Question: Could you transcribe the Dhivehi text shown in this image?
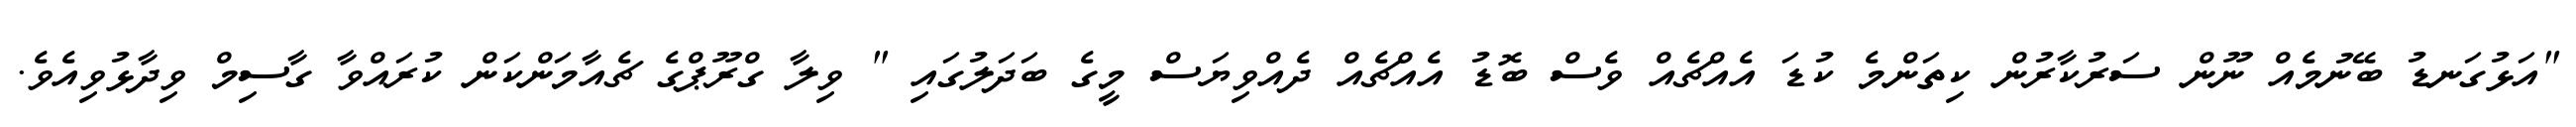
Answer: "އަޅުގަނޑު ބޭނުމެއް ނޫން ސަރުކާރުން ކިތަންމެ ކުޑަ އެއްޗެއް ވެސް ބޮޑު އެއްޗެއް ދެއްވިޔަސް މީގެ ބަދަލުގައި " ވިލާ ގްރޫޕްގެ ޗެއާމަންކަން ކުރައްވާ ގާސިމް ވިދާޅުވިއެވެ.